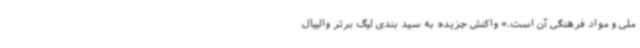
ملی و مواد فرهنگی آن است.» واکنش جزیده به سید بندی لیگ برتر والیبال